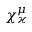
\chi _ { \varkappa } ^ { \mu }